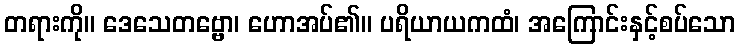
တရားကို။ ဒေသေတဗ္ဗော၊ ဟောအပ်၏။ ပရိယာယကထံ၊ အကြောင်းနှင့်စပ်သော